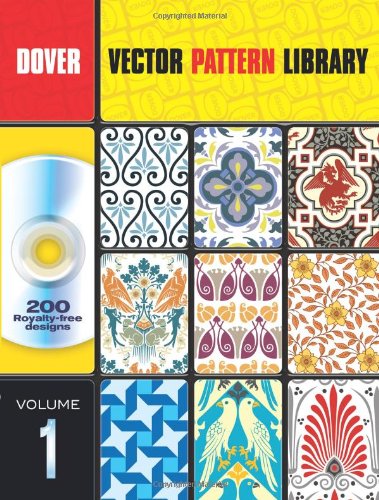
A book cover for Vector Pattern Library (Dover Clip Art Design Tools); Alan Weller; Arts & Photography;